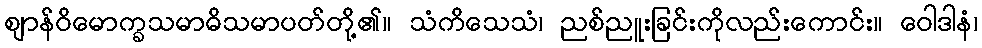
ဈာန်ဝိမောက္ခသမာဓိသမာပတ်တို့၏။ သံကိသေသံ၊ ညစ်ညူးခြင်းကိုလည်းကောင်း။ ဝေါဒါနံ၊